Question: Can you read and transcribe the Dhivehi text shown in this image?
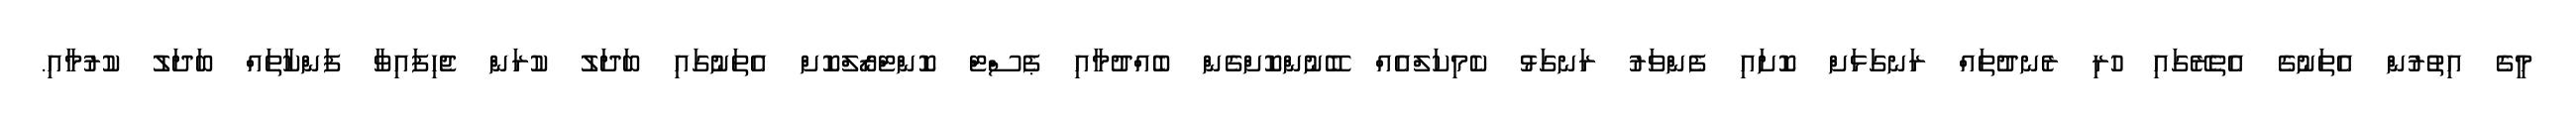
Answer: މީގެ އިތުރުން އެތަނުގެ އެތެރޭގައި ހުރި ރެނދުތައް ރަނގަޅަށް ކޮށައި ފެންވަރު ރަނގަޅު ކެމިކަލްއެއް ބޭނުންކޮށްގެން ބެއްދުމާއި ޕެސްޓް ކޮންޓްރޯލްކޮށް އެތަނުގައި ބަދަލު ކުރަން ޖެހިފައިވާ ފަންކާތައް ބަދަލު ކުރުމާއި.